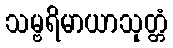
သမ္ဗရိမာယာသုတ္တံ